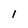
Character: l